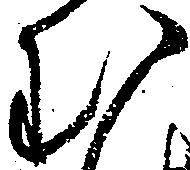
む